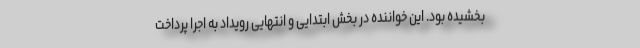
بخشیده بود. این خواننده در بخش ابتدایی و انتهایی رویداد به اجرا پرداخت